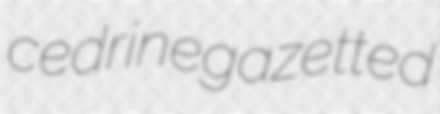
cedrine gazetted